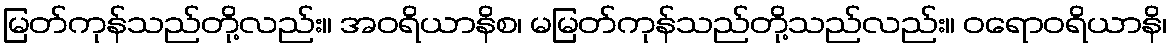
မြတ်ကုန်သည်တို့လည်း။ အဝရိယာနိစ၊ မမြတ်ကုန်သည်တို့သည်လည်း။ ဝရောဝရိယာနိ၊